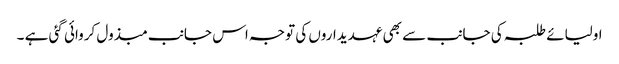
اولیائے طلبہ کی جانب سے بھی عہدیداروں کی توجہ اس جانب مبذول کروائی گئی ہے ۔